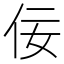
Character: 佞